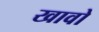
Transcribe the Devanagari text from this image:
खावो